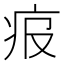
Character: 𤵓